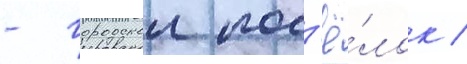
- городскои пос'ё́лок /